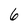
Character: 6